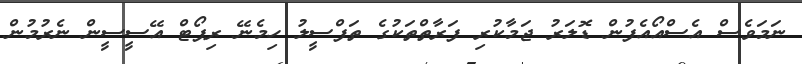
ނަމަވެސް އެސްއޯއެފުން ޑޮލަރު ޖަމާކުރި ފަރާތްތަކުގެ ތަފްސީލު ހިމެނޭ ރިޕޯޓް އޭސީސީން ނެރުމުން